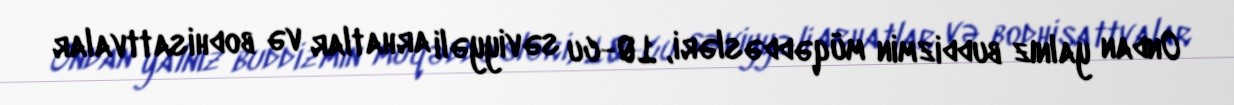
Ondan yalnız buddizmin müqəddəsləri, 10-cu səviyyəli arhatlar və bodhisattvalar